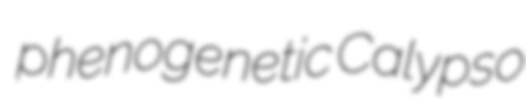
phenogenetic Calypso